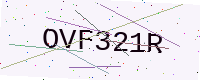
Text: OVF321R